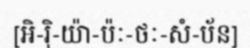
[អិ-រ៉ិ-យ៉ា-ប៉ៈ-ថៈ-សំ-ប័ន]